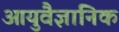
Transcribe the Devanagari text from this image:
आयुवैज्ञानिक